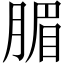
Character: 𣎊